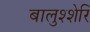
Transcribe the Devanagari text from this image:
बालुश्शेरि